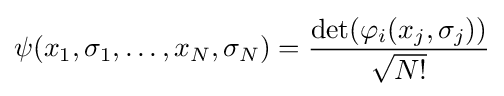
\psi (x_{1},\sigma _{1},\dots ,x_{N},\sigma _{N})={\frac {\det(\varphi _{i}(x_{j},\sigma _{j}))}{\sqrt {N!}}}